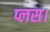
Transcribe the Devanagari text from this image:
प्लस।